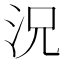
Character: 況